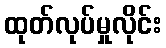
ထုတ်လုပ်မှုလိုင်း